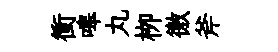
衝嗥丸栁徼斧